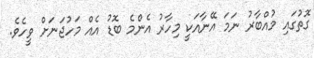
ގޮތުގައި މުއްބާރު ނަމަ އޭނާއަކީ މިހާރު އެންމެ ބޮޑު އެއް މަހުޖަނަށް ވީހެވެ.